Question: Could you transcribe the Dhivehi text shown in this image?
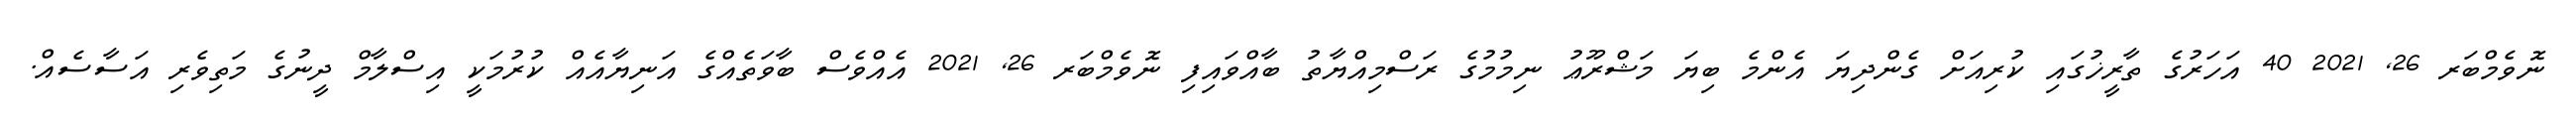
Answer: ނޮވެމްބަރ 26, 2021 40 އަހަރުގެ ތާރީޚުގައި ކުރިއަށް ގެންދިޔަ އެންމެ ބިޔަ މަޝްރޫޢު ނިމުމުގެ ރަސްމިއްޔާތު ބާއްވައިފި ނޮވެމްބަރ 26, 2021 އެއްވެސް ބާވަތެއްގެ އަނިޔާއެއް ކުރުމަކީ އިސްލާމް ދީނުގެ މަތިވެރި އަސާސެއް.